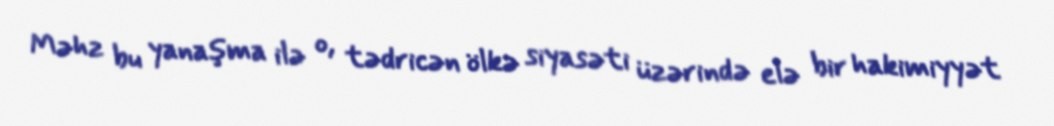
Məhz bu yanaşma ilə o, tədricən ölkə siyasəti üzərində elə bir hakimiyyət